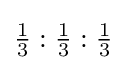
{\tfrac {1}{3}}:{\tfrac {1}{3}}:{\tfrac {1}{3}}